Calcutta medical institutions reports 1892-1900
Year: 1892
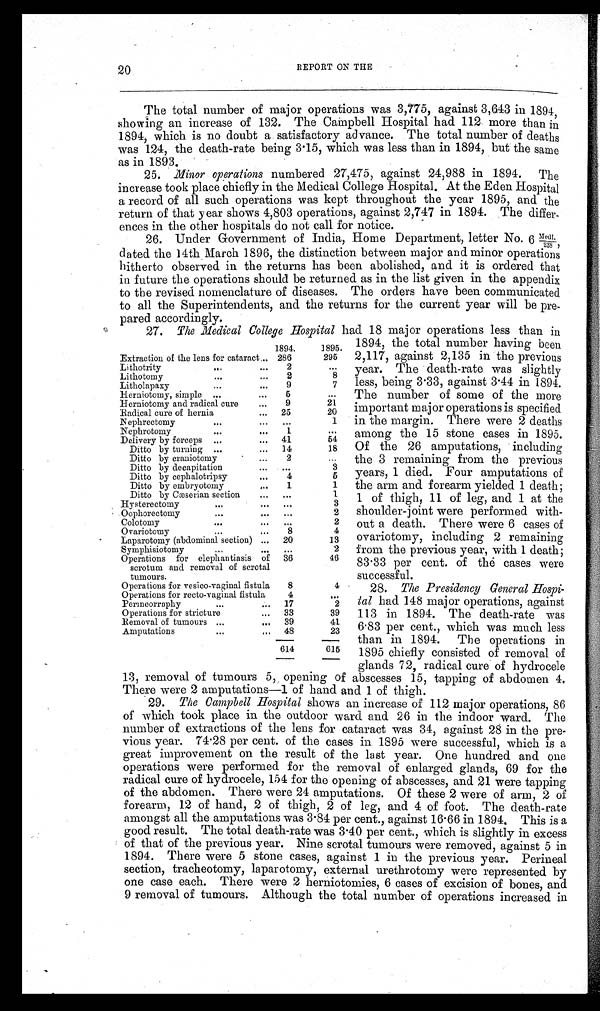
20
REPORT ON THE
The total number of major operations was 3,775, against 3,643 in 1894,
showing an increase of 132. The Campbell Hospital had 112 more than in
1894, which is no doubt a satisfactory advance. The total number of deaths
was 124, the death-rate being 3.15, which was less than in 1894, but the same
as in 1893.
25.
Minor operations numbered 27,475, against 24,988 in 1894. The
increase took place chiefly in the Medical College Hospital. At the Eden Hospital
a record of all such operations was kept throughout the year 1895, and the
return of that year shows 4,803 operations, against 2,747 in 1894. The differ--
ences in the other hospitals do not call for notice.
26. Under Government of India, Home Department, letter No. 6 Medl./238,
dated the 14th March 1896, the distinction between major and minor operations
hitherto observed in the returns has been abolished, and it is ordered that
in future the operations should be returned as in the list given in the appendix
to the revised nomenclature of diseases. The orders have been communicated
to all the Superintendents, and the returns for the current year will be pre
-pared accordingly.
27.
The Medical College Hospital had 18 major operations less than in
1894, the total number having been
2,117, against 2,135 in the previous
year. The death-rate was slightly
less, being 3.33, against 3.44 in 1894.
The number of some of the more
important major operations is specified
in the margin. There were 2 deaths
among the 15 stone cases in 1895.
Of the 26 amputations, including
the 3 remaining from the previous
years, 1 died. Four amputations of
the arm and forearm yielded 1 death;
1 of thigh, 11 of leg, and 1 at the
shoulder-joint were performed with
-out a death. There were 6 cases of
ovariotomy, including 2 remaining
from the previous year, with 1 death;
83.33 per cent. of the cases were
successful.
28.
The Presidency General Hospi
-tal
had 148 major operations, against
113 in 1894. The death-rate was
6.83 per cent., which was much less
than in 1894. The operations in
1895 chiefly consisted of removal of
glands 72, radical cure of hydrocele
13, removal of tumours 5, opening of abscesses 15, tapping of abdomen 4.
There were 2 amputations—1 of hand and 1 of thigh.
29.
The Campbell Hospital shows an increase of 112 major operations, 86
of which took place in the outdoor ward and 26 in the indoor ward. The
number of extractions of the lens for cataract was 34, against 28 in the pre
-vious year. 74.28 per cent. of the cases in 1895 were successful, which is a
great improvement on the result of the last year. One hundred and one
operations were performed for the removal of enlarged glands, 69 for the
radical cure of hydrocele, 154 for the opening of abscesses, and 21 were tapping
of the abdomen. There were 24 amputations. Of these 2 were of arm, 2 of
forearm, 12 of hand, 2 of thigh, 2 of leg, and 4 of foot. The death-rate
amongst all the amputations was 3.84 per cent., against 16.66 in 1894. This is a
good result. The total death-rate was 3.40 per cent., which is slightly in excess
of that of the previous year. Nine scrotal tumours were removed, against 5 in
1894. There were 5 stone cases, against 1 in the previous year. Perineal
section, tracheotomy, laparotomy, external urethrotomy were represented by
one case each. There were 2 herniotomies, 6 cases of excision of bones, and
9 removal of tumours. Although the total number of operations increased in
1894.
1895.
Extraction of the lens for cataract . . . 286
295
Lithotrity . . .
2
. . .
Lithotomy . . .
2
8
Litholapaxy . . .
9
7
Herniotomy, simple . . .
5
. . .
Herniotomy and radical cure . . .
9
21
Radical cure of hernia . . .
25
20
Nephrectomy . . .
. . .
1
Nephrotomy . . .
1
. . .
Delivery by forceps . . .
41
54
Ditto by turning . . .
14
18
Ditto by craniotomy . . .
2
. . .
Ditto by decapitation . . .
. . .
3
Ditto by cephalotripsy . . .
4
5
Ditto by embryotomy . . .
1
1
Ditto by Cæserian section . . .
. . .
1
Hysterectomy . . .
. . .
3
Oophorectomy . . .
. . .
2
Colotomy . . .
. . .
2
Ovariotomy . . .
8
4
Laparotomy (abdominal section) . . .
20
13
Symphisiotomy . . .
. . .
2
Operations for elephantiasis of
scrotum and removal of scrotal
tumours.
36
46
Operations for vesico-vaginal fistula
8
4
Operations for recto-vaginal fistula
4
. . .
Permeorraphy . . .
17
2
Operations for stricture. . .
33
39
Removal of tumours . . .
39
41
Amputations . . .
48
23
614
615